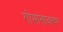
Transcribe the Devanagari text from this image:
गोमांसावरून